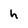
Character: h